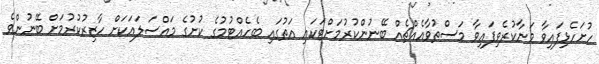
ހުށަހެޅިފައިވާ މަނާކުރެވިފައިވާ މަސްތުވާއެއްޗެއް ބޭނުންކުރުމަށްޓަކައި އަތުގައި ބެހެއްޓުމުގެ ކުށުގެ މައްސަލައަކަށް ހާޒިރުކުރުމަށް ބޭނުންވެ